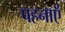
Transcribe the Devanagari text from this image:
पहनाऍं